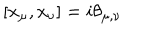
LaTeX: [ x _ { \mu } , x _ { \nu } ] = i \theta _ { \mu , \nu }